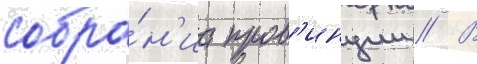
собра́н'иа пров'инции // В